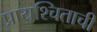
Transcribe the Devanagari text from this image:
प्रायश्चिताची